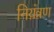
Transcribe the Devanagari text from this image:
निय़ंत्रण